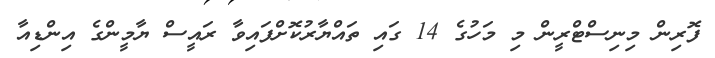
ފޮރިން މިނިސްޓްރީން މި މަހުގެ 14 ގައި ތައްޔާރުކޮށްފައިވާ ރައީސް ޔާމީންގެ އިންޑިއާ